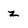
Character: z